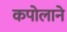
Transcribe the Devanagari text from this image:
कपोलाने